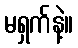
မရှက်နဲ့။